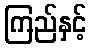
ကြည်နှင့်